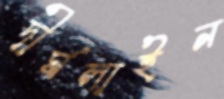
দীর্ঘলাইন